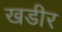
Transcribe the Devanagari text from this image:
खडीर